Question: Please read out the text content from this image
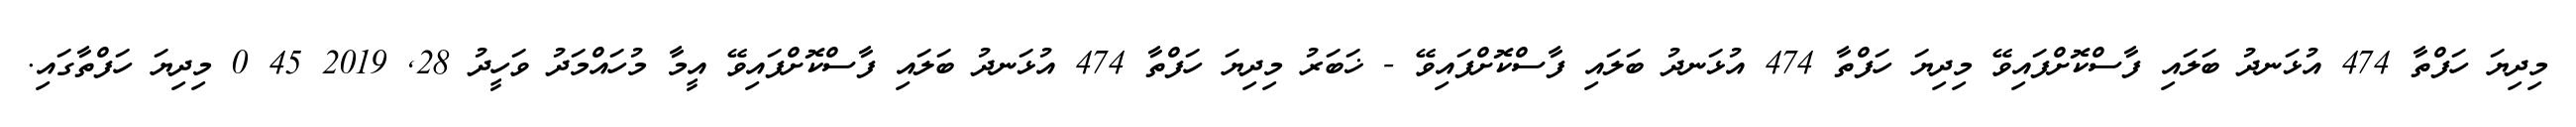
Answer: މިދިޔަ ހަފްތާ 474 އުޅަނދު ބަލައި ފާސްކޮށްފައިވޭ މިދިޔަ ހަފްތާ 474 އުޅަނދު ބަލައި ފާސްކޮށްފައިވޭ - ޚަބަރު މިދިޔަ ހަފްތާ 474 އުޅަނދު ބަލައި ފާސްކޮށްފައިވޭ އީމާ މުހައްމަދު ވަހީދު 28, 2019 45 0 މިދިޔަ ހަފްތާގައި.